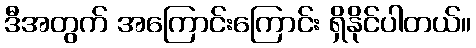
ဒီအတွက် အကြောင်းကြောင်း ရှိနိုင်ပါတယ်။